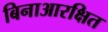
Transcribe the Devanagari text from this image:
बिनाआरक्षित